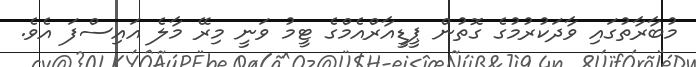
މުބާރާތުގައި ވާދަކުުރުމުގެ ގޮތުން ޕީޑީއާރްއެމްގެ ޓީމު ވަނީ މިރޭ މާލެ އައިސްފަ އެވެ.